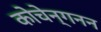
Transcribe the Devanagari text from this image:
कोचेन्गनन